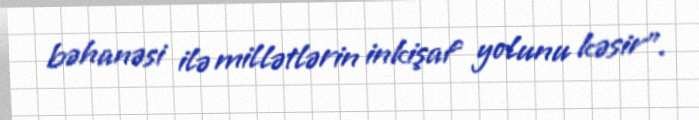
bəhanəsi ilə millətlərin inkişaf yolunu kəsir".